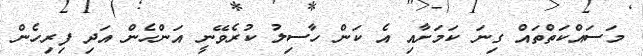
މަސައްކަތްތައް ގިނަ ކަމަށާއި އެ ކަން ހާސިލު ކުރެވޭނީ އަންހެން އަދި ފިރިހެން